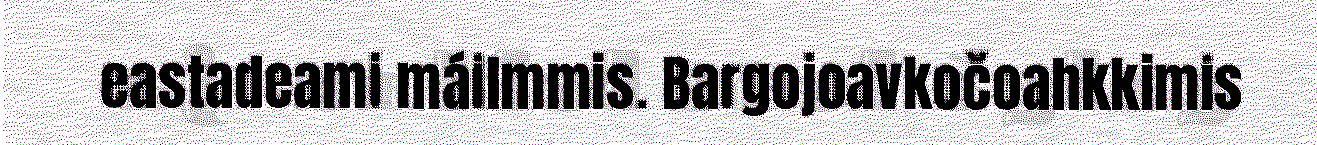
eastadeami máilmmis. Bargojoavkočoahkkimis